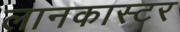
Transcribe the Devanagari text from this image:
लानकास्टर